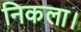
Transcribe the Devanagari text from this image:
निकला।